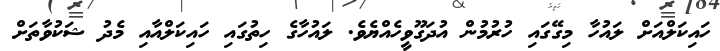
ހައިކަލްއަށް ލައުހާ މިގޭގައި ހުުރުމުން އުދަގޫވީހެއްޔެވެ. ލައުހާގެ ހިތުގައި ހައިކަލްއާއި މެދު ޝަކުވާތަށް